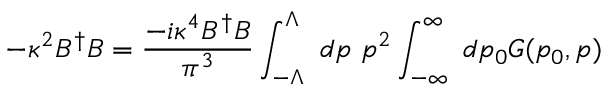
- \kappa ^ { 2 } B ^ { \dagger } B = { \frac { - i \kappa ^ { 4 } B ^ { \dagger } B } { \pi ^ { 3 } } } \int _ { - \Lambda } ^ { \Lambda } ~ d p ~ p ^ { 2 } \int _ { - \infty } ^ { \infty } ~ d p _ { 0 } { \cal G } ( p _ { 0 } , p )